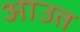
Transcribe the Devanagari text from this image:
आउत